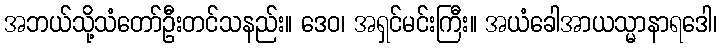
အဘယ်သို့သံတော်ဦးတင်သနည်း။ ဒေဝ၊ အရှင်မင်းကြီး။ အယံခေါအာယသ္မာနာရဒေါ၊